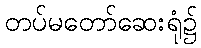
တပ်မတော်ဆေးရုံ၌